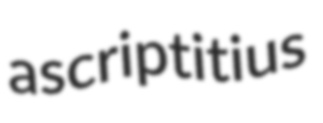
ascriptitius